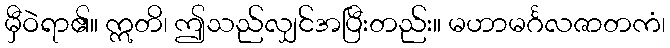
မှီဝဲရာ၏။ ဣတိ၊ ဤသည်လျှင်အပြီးတည်း။ မဟာမင်္ဂလဇာတကံ၊